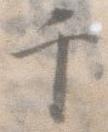
千